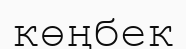
көңбек